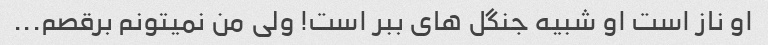
او ناز است او شبیه جنگل های ببر است! ولی من نمیتونم برقصم...